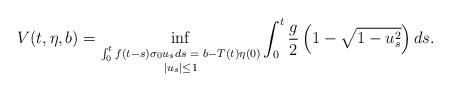
LaTeX: \begin{align*}V(t,\eta,b)=\inf_{\substack{\int_0^tf(t-s)\sigma_0u_sds\,\,=\,\,b-T(t)\eta(0) \\ |u_s|\leq 1}}\int_0^t\frac{g}{2}\left(1-\sqrt{1-u^2_s}\right)ds.\end{align*}